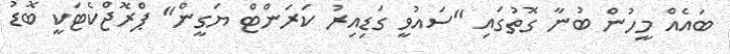
ބައެއް މީހުން ބުނާ ގޮތުގައި "ސައުވީ ގަޑިއިރު ކަރަންޓް ޔަގީން" ޕްރޮޖްކެޓަކީ ބޮޑު